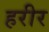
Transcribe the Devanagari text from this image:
हरीर